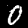
Label: 0